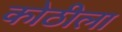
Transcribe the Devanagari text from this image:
कोठीला